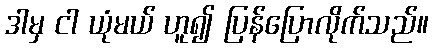
ဒါမှ ငါ ယုံမယ် ဟူ၍ ပြန်ပြောလိုက်သည်။